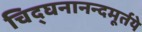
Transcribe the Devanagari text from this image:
चिद्घनानन्दमूर्तये